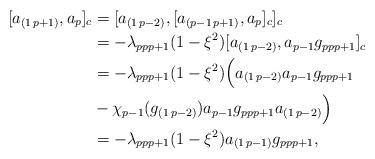
LaTeX: \begin{align*} [a_{(1\,p+1)},a_p]_c&=[a_{(1\,p-2)},[a_{(p-1\,p+1)},a_p]_c]_c\\ &=-\lambda_{ppp+1}(1-\xi^2)[a_{(1\,p-2)},a_{p-1}g_{ppp+1}]_c\\&=-\lambda_{ppp+1}(1-\xi^2)\Big(a_{(1\,p-2)}a_{p-1}g_{ppp+1}\\&-\chi_{p-1}(g_{(1\,p-2)})a_{p-1}g_{ppp+1}a_{(1\,p-2)}\Big)\\&=-\lambda_{ppp+1}(1-\xi^2)a_{(1\,p-1)}g_{ppp+1},\end{align*}